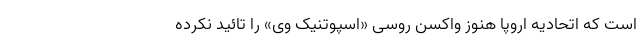
است که اتحادیه اروپا هنوز واکسن روسی «اسپوتنیک وی» را تائید نکرده